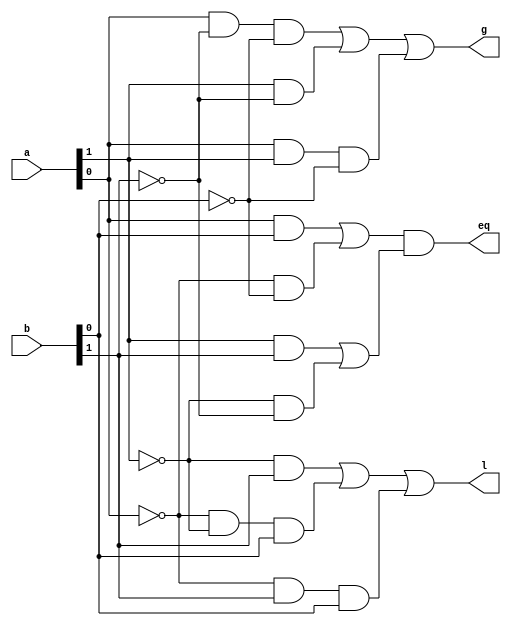
module comp_2(a,b,l,g,eq);
input [1:0] a;
input [1:0] b;
output l,g,eq;
assign lt1= (~a[1])&&b[1];
assign lt2= (~a[0]) && (~a[1]) && b[0];
assign lt3= (~a[0])&& b[1] && b[0];
assign l= lt1 | lt2 | lt3;
assign gt1=a[0] && (~b[1]) && (~b[0]);
assign gt2= a[1] && (~b[1]);
assign gt3= a[0] && a[1] && (~b[0]);
assign g= gt1 | gt2 | gt3;
assign e1=a[0]&&b[0];
assign e2=(~a[0])&&(~b[0]);
assign eq1=e1 | e2;
assign e3= a[1] && b[1];
assign e4= (~a[1]) && (~b[1]);
assign eq2= e3 | e4;
assign eq= eq1 && eq2;
endmodule